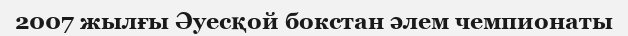
2007 жылғы Әуесқой бокстан әлем чемпионаты